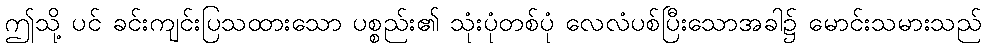
ဤသို့ ပင် ခင်းကျင်းပြသထားသော ပစ္စည်း၏ သုံးပုံတစ်ပုံ လေလံပစ်ပြီးသောအခါ၌ မောင်းသမားသည်